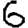
Digit: 6